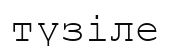
түзіле